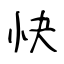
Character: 快